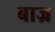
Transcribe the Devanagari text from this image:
बाज्र